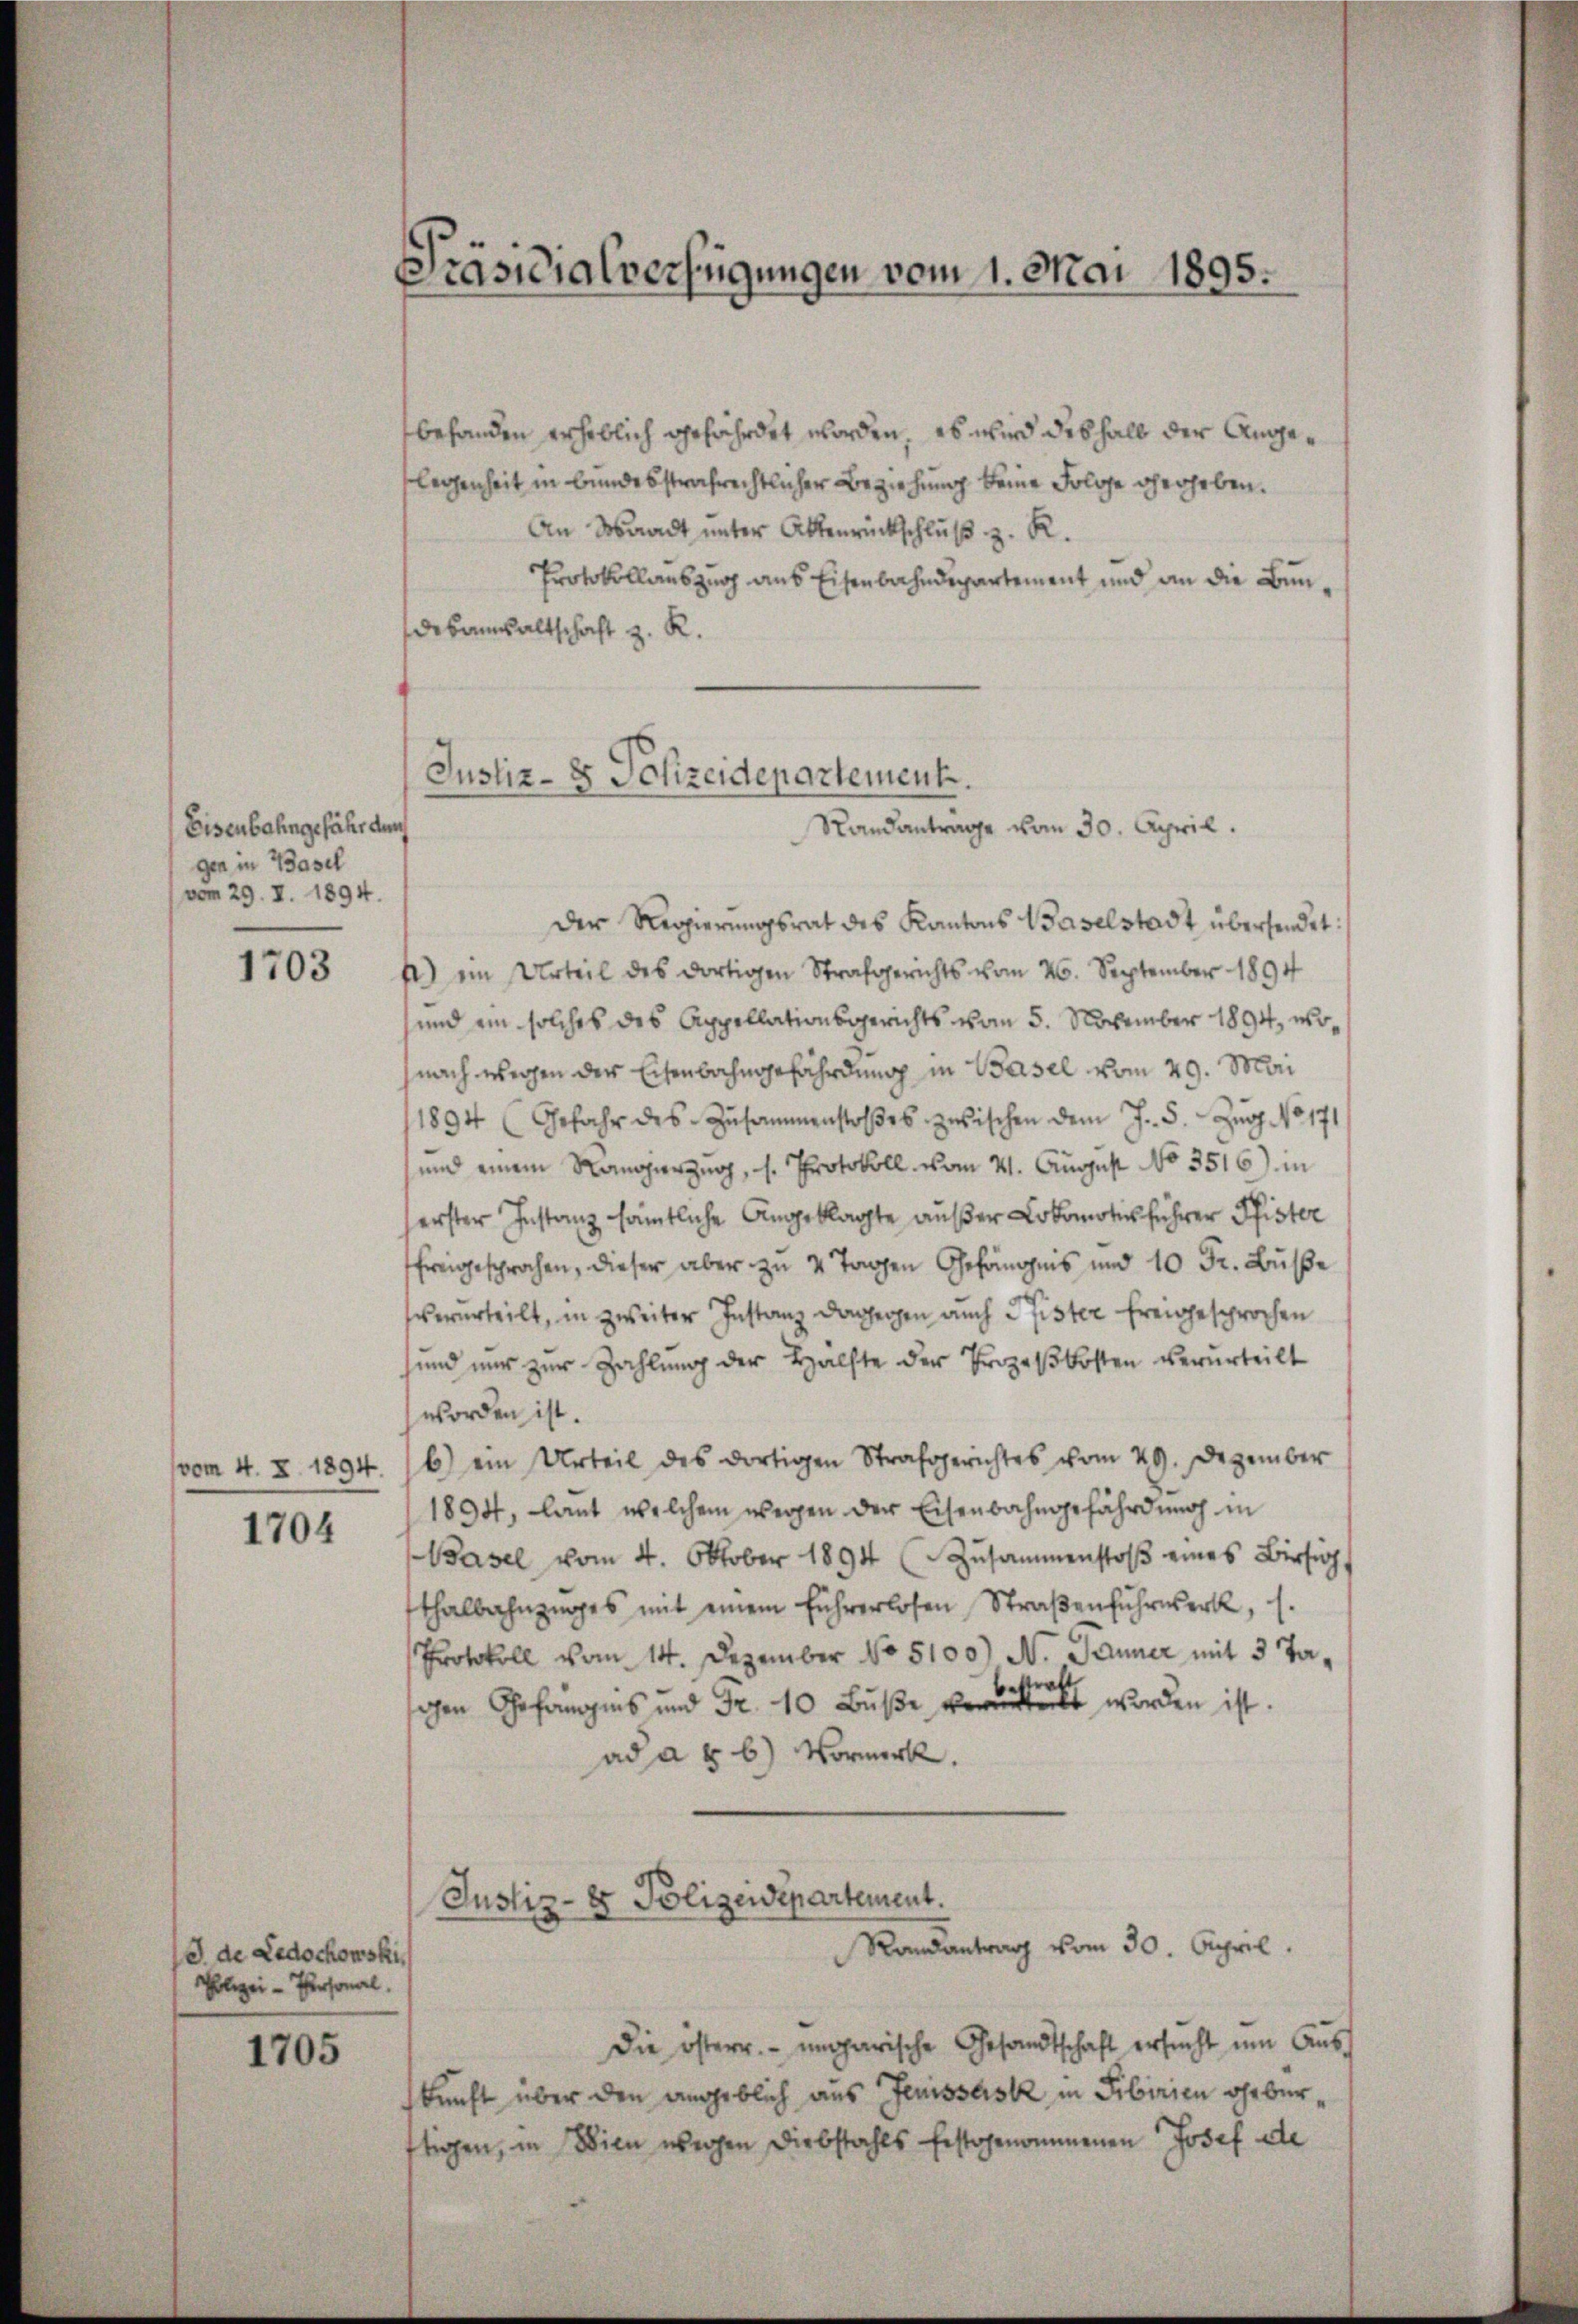
Eisenbahngefähr den
gen in Basel
vom 29. I. 1894.

1703

1704

de Ledochowski
Polizei-Personal.

1705

Präsidialverfügungen vom 1. Mai 1895.

behanden erheblich gefährdet worden, es wird deshalb der Angalegenheit in bundesstrafrechtlicher Beziehung keine Folge gerheben.
An Waadt unter Aktenrückschluß z. R.
Protokollauszug aus Eisenbahndepartement und an die Bundesanwaltschaft z. R.
der Regierŭngsrat des Kantons Baselstadt übersendet:
f) im Urteil des dortigen Strafgerichts vom 20. September 1894
und ein solches des Appellationsgerichts vom 5. November 1894, wonach wegen der Eisenbahngefährdung in Basel vom 29. Mai
1894 (Gefahr des Zusammenstoβes zwischen dem J. 5. Zug No 171
und einem Rangierzug, s. Protokoll vom 21. August No 3516) in
herster Instanz sämtliche Angeklagte außer Lokomotis führer Pfister
freigesprochen, dieser aber zu 4 Tagen Gefängnis und 10 Fr. Buße
verurteilt, in zweiter Instanz dagegen auch Pfister freigesprochen
sund nur zur Zahlung der Hälfte der Prozeßkosten verurteilt
worden ist.
vom 4. d. 1894. 16) ein Urteil des dortigen Strafgerichtes vom 29. Dezember
1894, laut welchem wegen der Eisenbahngefährdung in
Basel vom 4. Oktober 1894 (Zusammenstoβ eines Birsig
sthalbahnzuges mit einem führerlosen Straβenfŭhrwerk, s.
Protokoll vom 14. Dezember No 5100) N. Tanner mit 3 Taihen Gefangs und Fr. 10 Buße vereitet worden ist.
ad ad b.) Vormerk.

Justiz- & Polizeidepartement.
Sandanträge vom 30. April.

Justiz- & Polizeidepartement.
Randantrag vom 30. April.

Die österr. ungarische Gesandtschaft ersucht um Auskunft über den angeblich aus Jenisses in Sibirien eheberftigen, in Wien wegen Diebstahls festgenommenen Josef de